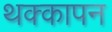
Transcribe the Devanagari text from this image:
थक्कापन